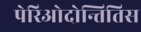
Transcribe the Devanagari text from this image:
पेरिओदोन्तितिस